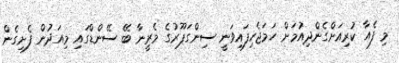
މި ފެއާ ކުރިއަށްގެންދިއުމަށް ހަމަޖެހިފައިވަނީ ސިންގަޕޫރުގެ މެރީނާ ބޭ ސޭންޑްގައި މިއަދުން ފެށިގެން